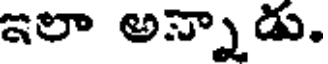
ఇలా అన్నాడు.